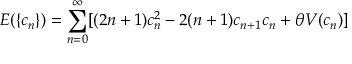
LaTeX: E ( \{ c _ { n } \} ) = \sum _ { n = 0 } ^ { \infty } [ ( 2 n + 1 ) c _ { n } ^ { 2 } - 2 ( n + 1 ) c _ { n + 1 } c _ { n } + \theta V ( c _ { n } ) ]